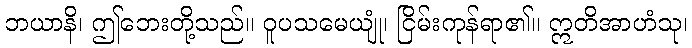
ဘယာနိ၊ ဤဘေးတို့သည်။ ဝူပသမေယျုံ၊ ငြိမ်းကုန်ရာ၏။ ဣတိအာဟံသု၊